Lunatic asylums Burma 1922-24 - 1922-1924
Year: 1922
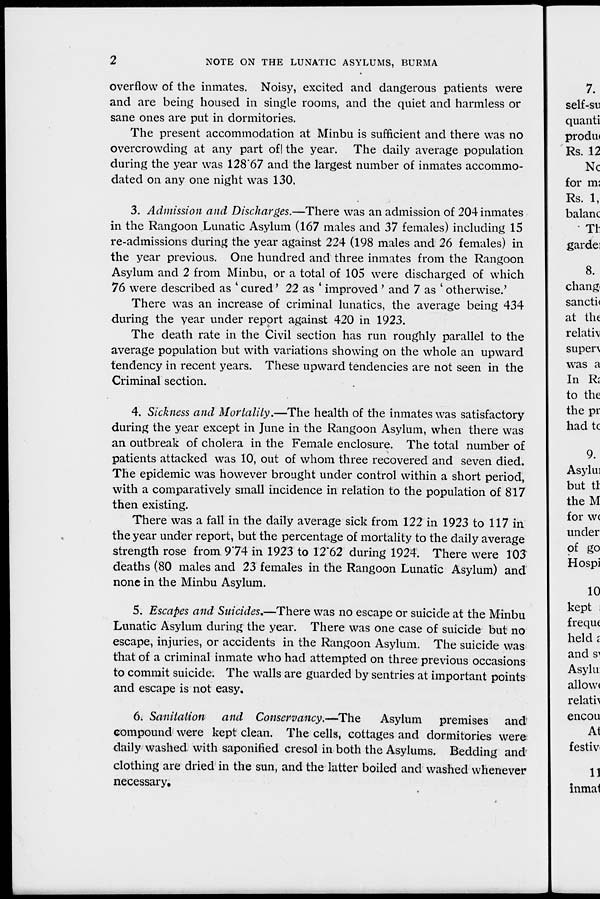
2
NOTE ON THE LUNATIC ASYLUMS, BURMA
overflow of the inmates. Noisy, excited and dangerous patients were
and are being housed in single rooms, and the quiet and harmless or
sane ones are put in dormitories.
The present accommodation at Minbu is sufficient and there was no
overcrowding at any part of the year. The daily average population
during the year was 128.67 and the largest number of inmates accommo-
dated on any one night was 130.
3. Admission and Discharges.—There was an admission of 204 inmates
in the Rangoon Lunatic Asylum (167 males and 37 females) including 15
re-admissions during the year against 224 (198 males and 26 females) in
the year previous. One hundred and three inmates from the Rangoon
Asylum and 2 from Minbu, or a total of 105 were discharged of which
76 were described as ' cured' 22 as ' improved ' and 7 as ' otherwise'
There was an increase of criminal lunatics, the average being 434
during the year under report against 420 in 1923.
The death rate in the Civil section has run roughly parallel to the
average population but with variations showing on the whole an upward
tendency in recent years. These upward tendencies are not seen in the
Criminal section.
4. Sickness and Mortality.—The health of the inmates was satisfactory
during the year except in June in the Rangoon Asylum, when there was
an outbreak of cholera in the Female enclosure. The total number of
patients attacked was 10, out of whom three recovered and seven died.
The epidemic was however brought under control within a short period,
with a comparatively small incidence in relation to the population of 817
then existing.
There was a fall in the daily average sick from 122 in 1923 to 117 in
the year under report, but the percentage of mortality to the daily average
strength rose from 9.74 in 1923 to 12.62 during 1924. There were 103
deaths (80 males and 23 females in the Rangoon Lunatic Asylum) and
none in the Minbu Asylum.
5. Escapes and Suicides.—There was no escape or suicide at the Minbu
Lunatic Asylum during the year. There was one case of suicide but no
escape, injuries, or accidents in the Rangoon Asylum. The suicide was
that of a criminal inmate who had attempted on three previous occasions
to commit suicide. The walls are guarded by sentries at important points
and escape is not easy.
6. Sanitation
and Conservancy.—The
Asylum premises and
compound were kept clean. The cells, cottages and dormitories were
daily washed with saponified cresol in both the Asylums. Bedding and
clothing are dried in the sun, and the latter boiled and washed whenever
necessary.